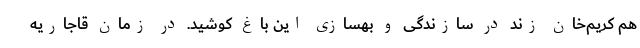
هم کریم‌خان زند در سازندگی و بهسازی این باغ کوشید. در زمان قاجاریه